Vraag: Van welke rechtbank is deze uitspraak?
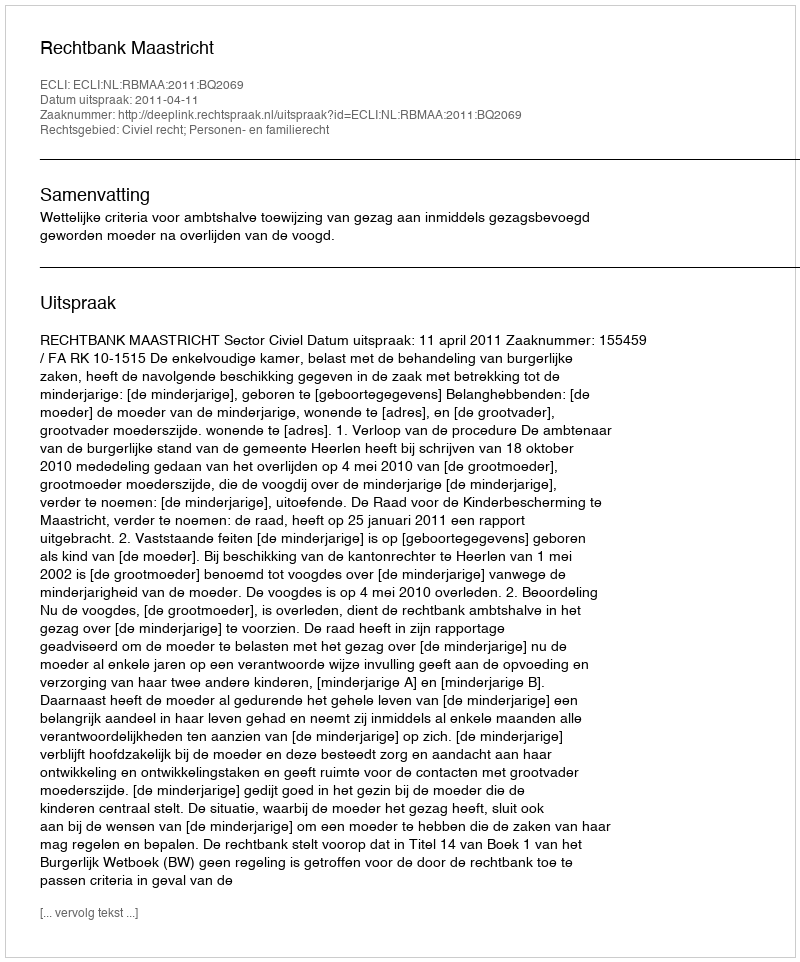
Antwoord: Rechtbank Maastricht